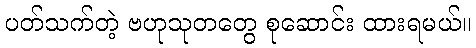
ပတ်သက်တဲ့ ဗဟုသုတတွေ စုဆောင်း ထားရမယ်။